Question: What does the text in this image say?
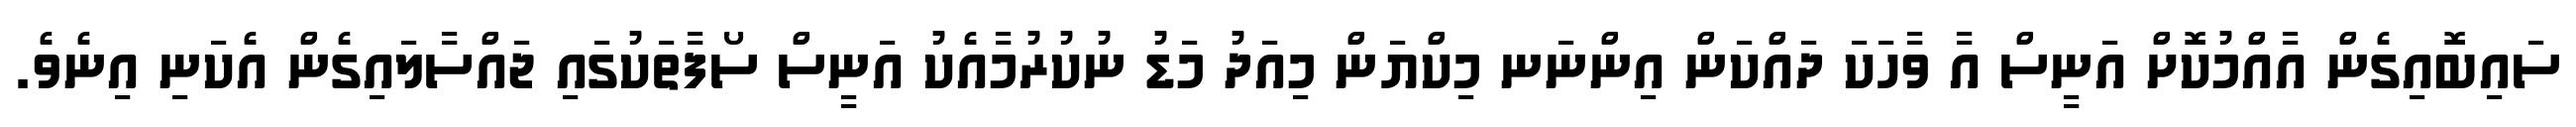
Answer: ސައިބޮއިގެން އާއްމުކޮށް އަނީސް އާ ވާހަކަ ދައްކަން އިންނަނ މިކްޔަން މިއަދު މަޑު ނުކުރުމާއެކު އަނީސް ސޯފާތަކުގައި ޖައްސާލައިގެން އެކަނި އިނެވެ.